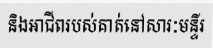
និងអាជីពរបស់គាត់នៅសារៈមន្ទីរ